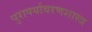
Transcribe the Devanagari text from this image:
पुरापर्यावरणशास्त्र